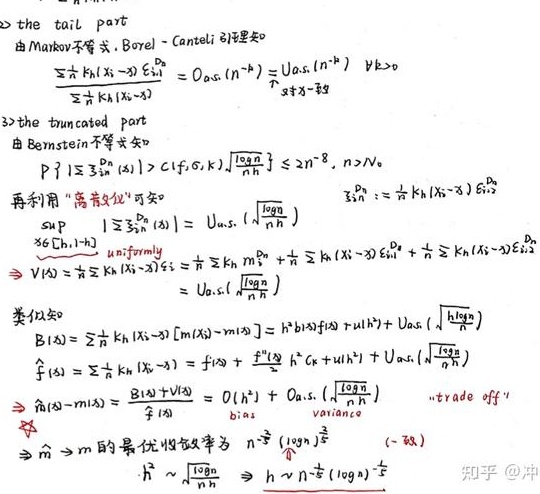
\begin{align*}
&\text{2) the tail part}\\
&\text{由 Markov 不等式, Borel - Cantelli 引理知}\\
&\frac{\sum_{i = 1}^{n}k_{h}(X_{i}-x)\varepsilon_{i}I_{\{|\varepsilon_{i}|>\alpha\}}}{\sum_{i = 1}^{n}k_{h}(X_{i}-x)} = O_{a.s.}(n^{-k}) = o_{a.s.}(n^{-k})\ \forall k>0\\
&\text{3) the truncated part}\\
&\text{由 Bernstein 不等式知}\\
&P\left\{\left|\sum_{i = 1}^{n}\xi_{i}^{(n)}(x)\right|>C(\theta,K)\sqrt{\frac{\log n}{n}}\right\}\leq 2n^{-\delta},n > N_{0}\\
&\text{再利用“高散化”可知}\quad\xi_{i}^{(n)}:=\frac{1}{n}k_{h}(X_{i}-x)\varepsilon_{i}I_{\{|\varepsilon_{i}|\leq\alpha\}}\\
&\sup_{x\in[a,b - h]}\left|\sum_{i = 1}^{n}\xi_{i}^{(n)}(x)\right| = o_{a.s.}\left(\sqrt{\frac{\log n}{n}}\right)\\
&V(x)=\frac{1}{n}\sum_{i = 1}^{n}k_{h}(X_{i}-x)\sigma_{i}^{2}=\frac{1}{n}\sum_{i = 1}^{n}k_{h}m_{2}+\frac{1}{n}\sum_{i = 1}^{n}k_{h}(X_{i}-x)\varepsilon_{i}I_{\{|\varepsilon_{i}|\leq\alpha\}}+\frac{1}{n}\sum_{i = 1}^{n}k_{h}(X_{i}-x)\varepsilon_{i}I_{\{|\varepsilon_{i}|>\alpha\}}\\
&= o_{a.s.}\left(\sqrt{\frac{\log n}{n}}\right)\\
&\text{类似知}\\
&B(x)=\sum_{i = 1}^{n}\frac{1}{n}k_{h}(X_{i}-x)[m(X_{i})-m(x)] = h^{2}b(x)+o(h^{2})+o_{a.s.}\left(\sqrt{\frac{\log n}{n}}\right)\\
&\hat{f}(x)=\frac{1}{n}\sum_{i = 1}^{n}k_{h}(X_{i}-x)Y_{i}=f(x)+\frac{h^{2}}{2}b(x)+o(h^{2})+o_{a.s.}\left(\sqrt{\frac{\log n}{n}}\right)\\
&\hat{m}(x)-m(x)=\frac{B(x)+V(x)}{\hat{f}(x)} = O(h^{2})+O_{a.s.}\left(\sqrt{\frac{\log n}{n}}\right)\quad\text{ (trade - off)}\\
&\Rightarrow\hat{m}\to m\text{ 的最优收敛率为 }n^{-\frac{2}{5}}(\log n)^{\frac{1}{5}}\\
&h^{2}\sim\sqrt{\frac{\log n}{n}}\Rightarrow h\sim n^{-\frac{1}{5}}(\log n)^{\frac{1}{5}}
\end{align*}